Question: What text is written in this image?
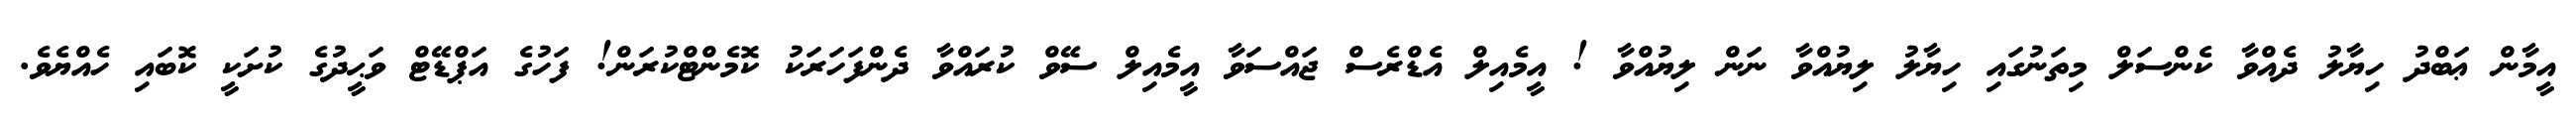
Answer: އީމާން ޢަބްދު ހިޔާލު ދެއްވާ ކެންސަލް މިތަނުގައި ހިޔާލު ލިޔުއްވާ ނަން ލިޔުއްވާ ! އީމެއިލް އެޑްރެސް ޖައްސަވާ އީމެއިލް ސޭވް ކުރައްވާ ދެންފަހަރަކު ކޮމެންޓްކުރަން! ފަހުގެ އަޕްޑޭޓް ވަޙީދުގެ ކުށަކީ ކޮބައި ހެއްޔެވެ.